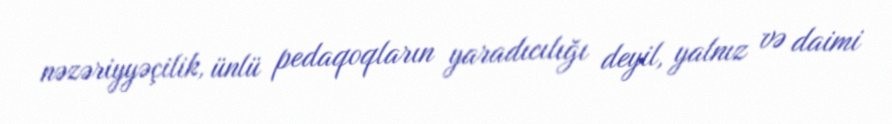
nəzəriyyəçilik, ünlü pedaqoqların yaradıcılığı deyil, yalnız və daimi